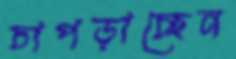
চাপড়াচ্ছেন